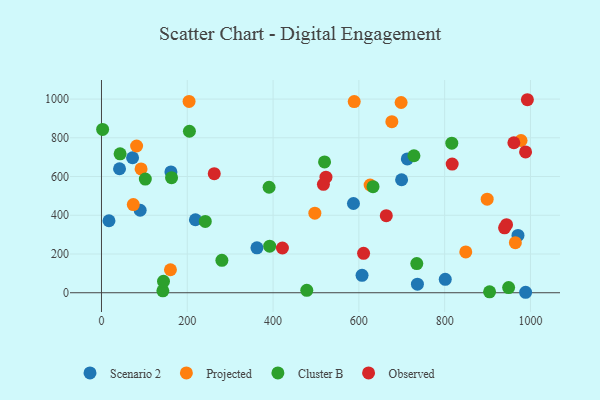
{"axis": {"x": "Ad Spend", "y": "Sales"}, "legend": ["Cluster B", "Observed", "Projected", "Scenario 2"], "data": [{"x": "970.9", "y": 295.9, "type": "Scenario 2"}, {"x": "161.9", "y": 623.9, "type": "Scenario 2"}, {"x": "988.7", "y": 2.4, "type": "Scenario 2"}, {"x": "72.5", "y": 696.9, "type": "Scenario 2"}, {"x": "699.6", "y": 583.5, "type": "Scenario 2"}, {"x": "17.5", "y": 371.7, "type": "Scenario 2"}, {"x": "712.9", "y": 690.9, "type": "Scenario 2"}, {"x": "801.4", "y": 69.4, "type": "Scenario 2"}, {"x": "736.5", "y": 44.4, "type": "Scenario 2"}, {"x": "42.1", "y": 640.3, "type": "Scenario 2"}, {"x": "219.0", "y": 376.8, "type": "Scenario 2"}, {"x": "607.4", "y": 90.0, "type": "Scenario 2"}, {"x": "587.4", "y": 460.7, "type": "Scenario 2"}, {"x": "90.2", "y": 426.0, "type": "Scenario 2"}, {"x": "362.4", "y": 231.8, "type": "Scenario 2"}, {"x": "978.0", "y": 786.0, "type": "Projected"}, {"x": "74.2", "y": 455.0, "type": "Projected"}, {"x": "698.5", "y": 982.3, "type": "Projected"}, {"x": "204.2", "y": 987.9, "type": "Projected"}, {"x": "92.3", "y": 639.5, "type": "Projected"}, {"x": "964.8", "y": 258.3, "type": "Projected"}, {"x": "849.2", "y": 210.6, "type": "Projected"}, {"x": "626.2", "y": 556.4, "type": "Projected"}, {"x": "497.4", "y": 411.0, "type": "Projected"}, {"x": "81.9", "y": 757.6, "type": "Projected"}, {"x": "899.1", "y": 483.0, "type": "Projected"}, {"x": "589.2", "y": 987.3, "type": "Projected"}, {"x": "160.8", "y": 118.6, "type": "Projected"}, {"x": "676.9", "y": 883.3, "type": "Projected"}, {"x": "143.1", "y": 10.1, "type": "Cluster B"}, {"x": "205.0", "y": 833.8, "type": "Cluster B"}, {"x": "390.7", "y": 544.8, "type": "Cluster B"}, {"x": "735.0", "y": 150.4, "type": "Cluster B"}, {"x": "242.0", "y": 368.1, "type": "Cluster B"}, {"x": "280.7", "y": 167.3, "type": "Cluster B"}, {"x": "904.7", "y": 4.5, "type": "Cluster B"}, {"x": "633.0", "y": 547.6, "type": "Cluster B"}, {"x": "816.6", "y": 772.0, "type": "Cluster B"}, {"x": "392.1", "y": 240.3, "type": "Cluster B"}, {"x": "2.7", "y": 843.5, "type": "Cluster B"}, {"x": "43.4", "y": 717.2, "type": "Cluster B"}, {"x": "520.0", "y": 675.3, "type": "Cluster B"}, {"x": "163.4", "y": 594.2, "type": "Cluster B"}, {"x": "478.6", "y": 12.6, "type": "Cluster B"}, {"x": "144.6", "y": 58.8, "type": "Cluster B"}, {"x": "728.4", "y": 707.3, "type": "Cluster B"}, {"x": "102.2", "y": 586.8, "type": "Cluster B"}, {"x": "949.1", "y": 26.6, "type": "Cluster B"}, {"x": "663.9", "y": 397.8, "type": "Observed"}, {"x": "421.8", "y": 231.1, "type": "Observed"}, {"x": "992.8", "y": 996.6, "type": "Observed"}, {"x": "944.2", "y": 351.5, "type": "Observed"}, {"x": "523.3", "y": 596.5, "type": "Observed"}, {"x": "262.9", "y": 615.0, "type": "Observed"}, {"x": "961.3", "y": 774.5, "type": "Observed"}, {"x": "817.5", "y": 664.5, "type": "Observed"}, {"x": "988.6", "y": 727.3, "type": "Observed"}, {"x": "611.0", "y": 203.5, "type": "Observed"}, {"x": "939.6", "y": 335.3, "type": "Observed"}, {"x": "517.4", "y": 560.0, "type": "Observed"}]}